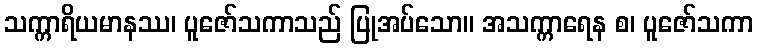
သက္ကာရိယမာနဿ၊ ပူဇော်သကာသည် ပြုအပ်သော။ အသက္ကာရေန စ၊ ပူဇော်သကာ